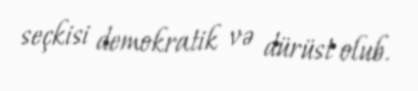
seçkisi demokratik və dürüst olub.